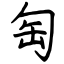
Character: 匋